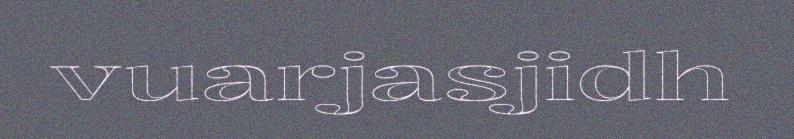
vuarjasjidh